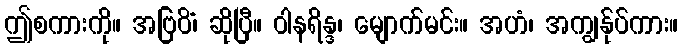
ဤစကားကို။ အဗြဝိံ၊ ဆိုပြီ။ ဝါနရိန္ဒ၊ မျောက်မင်း။ အဟံ၊ အကျွန်ုပ်ကား။